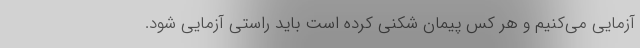
آزمایی می‌کنیم و هر کس پیمان شکنی کرده است باید راستی آزمایی شود.